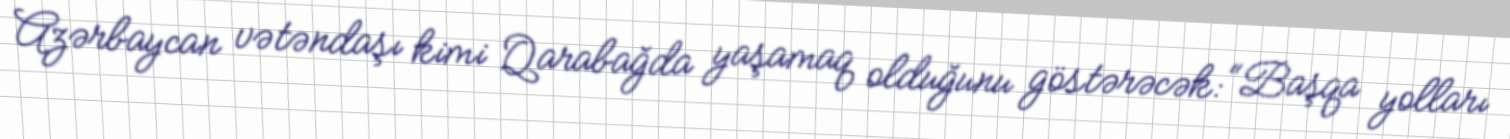
Azərbaycan vətəndaşı kimi Qarabağda yaşamaq olduğunu göstərəcək: “Başqa yolları